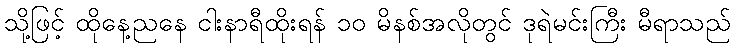
သို့ဖြင့် ထိုနေ့ညနေ ငါးနာရီထိုးရန် ၁၀ မိနစ်အလိုတွင် ဒုရဲမင်းကြီး မီရာသည်